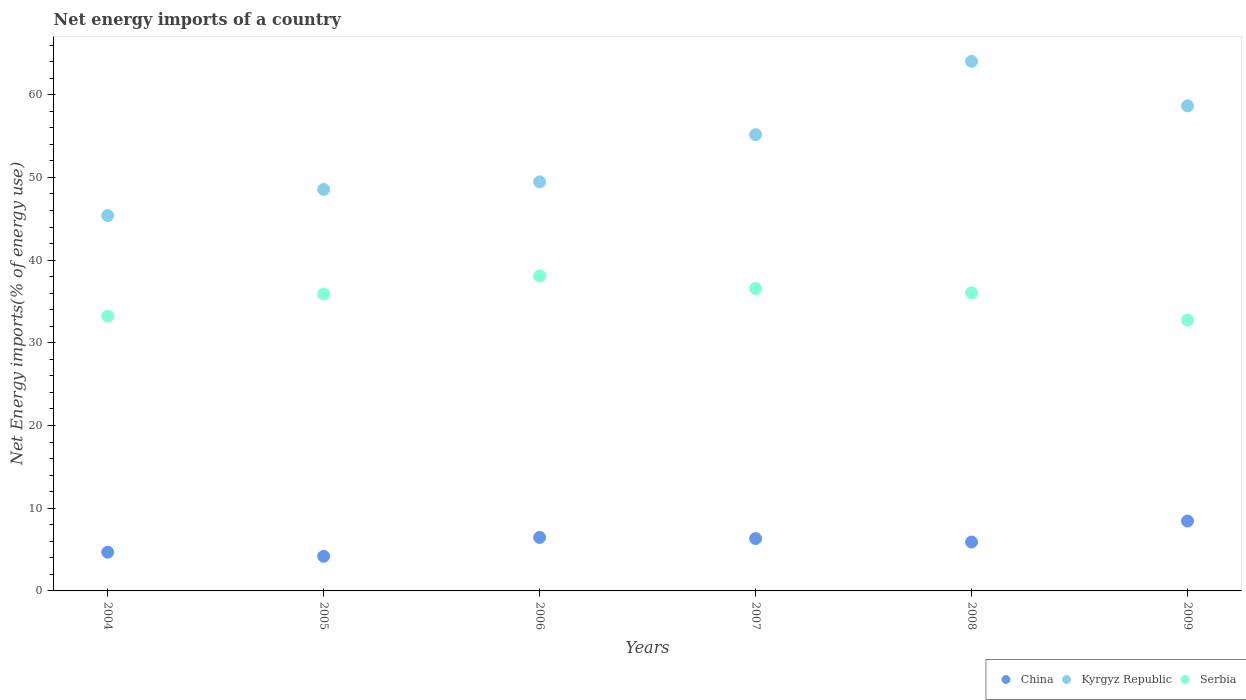
| Years | China | Kyrgyz Republic | Serbia |
 | --- | --- | --- | --- |
 | 2004 | 4.69 | 45.4 | 33.2 |
 | 2005 | 4.18 | 48.6 | 35.9 |
 | 2006 | 6.47 | 49.5 | 38.1 |
 | 2007 | 6.33 | 55.2 | 36.6 |
 | 2008 | 5.91 | 64 | 36 |
 | 2009 | 8.45 | 58.7 | 32.7 |